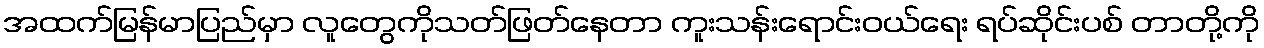
အထက်မြန်မာပြည်မှာ လူတွေကိုသတ်ဖြတ်နေတာ ကူးသန်းရောင်းဝယ်ရေး ရပ်ဆိုင်းပစ် တာတို့ကို